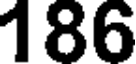
186